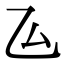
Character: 𠫕